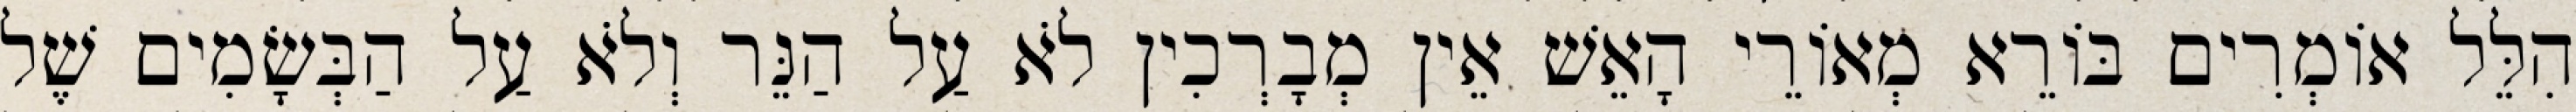
הִלֵּל אוֹמְרִים בּוֹרֵא מְאוֹרֵי הָאֵשׁ אֵין מְבָרְכִין לֹא עַל הַנֵּר וְלֹא עַל הַבְּשָׂמִים שֶׁל